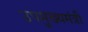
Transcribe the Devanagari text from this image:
उपमुख्‍यमंत्री